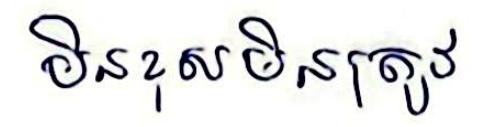
មិនខុសមិនត្រូវ